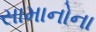
સામાનોના